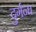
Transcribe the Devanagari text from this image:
दुर्गन्घ